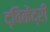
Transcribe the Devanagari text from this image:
द्विकेंद्री